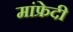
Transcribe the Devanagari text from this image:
मांफ्रेदी